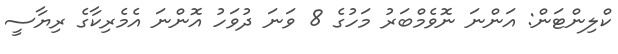
ކްލިންޓަން: އަންނަ ނޮވެމްބަރު މަހުގެ 8 ވަނަ ދުވަހު އޮންނަ އެމެރިކާގެ ރިޔާސީ